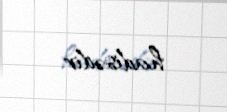
hadisədir.